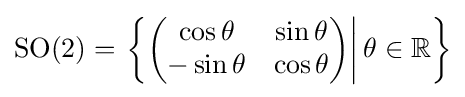
{\rm {SO}}(2)=\left.\left\{{\begin{pmatrix}\cos \theta &\sin \theta \\-\sin \theta &\cos \theta \\\end{pmatrix}}\right|\theta \in \mathbb {R} \right\}